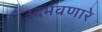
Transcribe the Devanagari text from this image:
उदभवणारे